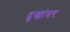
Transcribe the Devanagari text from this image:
दुखांवर